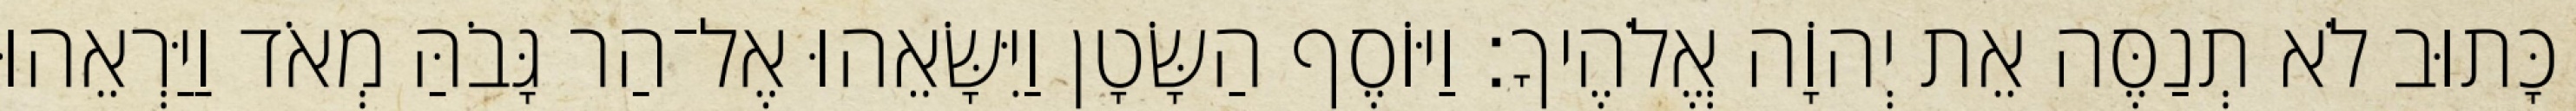
כָּתוּב לֹא תְנַסֶּה אֵת יְהוָֹה אֱלֹהֶיךָ׃ וַיּוֹסֶף הַשָּׂטָן וַיִּשָּׂאֵהוּ אֶל־הַר גָּבֹהַּ מְאֹד וַיַּרְאֵהוּ